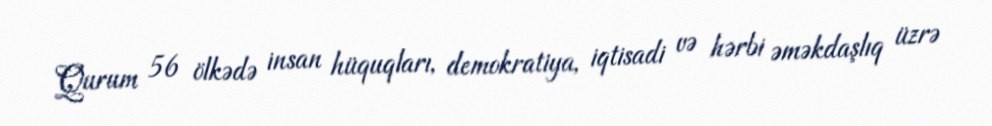
Qurum 56 ölkədə insan hüquqları, demokratiya, iqtisadi və hərbi əməkdaşlıq üzrə